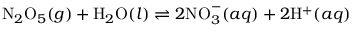
\mathrm { N } _ { 2 } \mathrm { O } _ { 5 } ( g ) + \mathrm { H } _ { 2 } \mathrm { O } ( l ) \rightleftharpoons 2 \mathrm { N O } _ { 3 } ^ { - } ( a q ) + 2 \mathrm { H } ^ { + } ( a q )